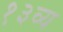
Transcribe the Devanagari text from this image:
१३व्य